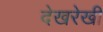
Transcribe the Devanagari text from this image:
देखरेखी